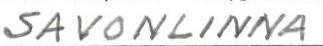
SAVONLINNA